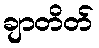
ချာတိတ်